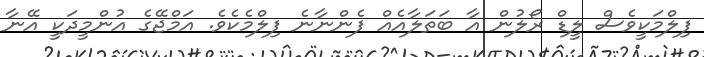
ފިލްމަކީވެސް ލީޑް ރޯލުން އާ ބަތަލާއެއް ފެންނާނެ ފިލްމެކެވެ. އަމްޖޭގެ އުންމީދަކީ އޭނާ